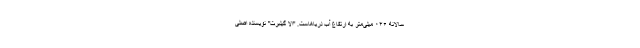
سالانه ۰۴۶ میلی‌متر به ارتفاع آب دریاهاست. "الا گیلبرت" نویسنده اصلی